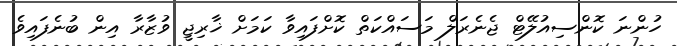
ހުންނަ ކޮންސިއުލޭޓް ޖެނެރަލް މަަަސައްކަތް ކޮށްފައިވާ ކަމަށް ޚާރިޖީ ވުޒާރާ އިން ބުނެފައިވެ